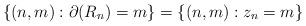
LaTeX: \begin{align*}\{(n,m): \partial(R_{n})=m\}=\{(n,m):z_{n}=m\}\end{align*}